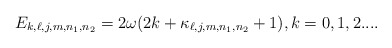
\begin{align*}E_{k,\ell,j,m,n_1,n_2}=2\omega (2k+\kappa _{\ell,j,m,n_1,n_2}+1),k=0,1,2.... \end{align*}